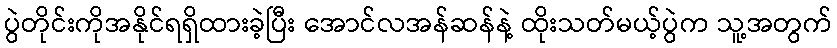
ပွဲတိုင်းကိုအနိုင်ရရှိထားခဲ့ပြီး အောင်လအန်ဆန်နဲ့ ထိုးသတ်မယ့်ပွဲက သူ့အတွက်